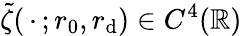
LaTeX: \tilde{\zeta}(\mathrel{\, \cdot\, };r_{0},r_{\mathrm{d}})\in C^{4}(\mathbb{R})